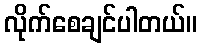
လိုက်စေချင်ပါတယ်။